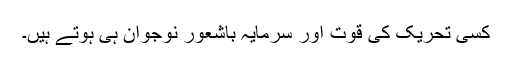
کسی تحریک کی قوت اور سرمایہ باشعور نوجوان ہی ہوتے ہیں۔